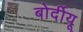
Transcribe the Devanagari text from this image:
बोर्दीयू